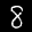
Label: 8